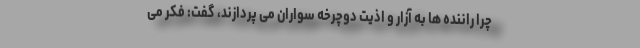
چرا راننده ها به آزار و اذیت دوچرخه سواران می پردازند، گفت: فکر می